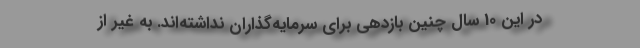
در این 10 سال چنین بازدهی برای سرمایه‌گذاران نداشته‌اند. به غیر از